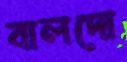
বালদো